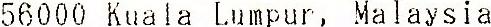
56000 KUALA LUMPUR, MALAYSIA